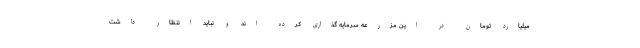
میلیارد تومان در این مزرعه سرمایه گذاری کرده اند و نباید انتظار داشت